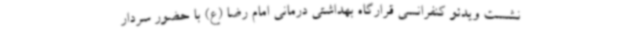
نشست ویدئو کنفرانسی قرارگاه بهداشتی درمانی امام رضا (ع) با حضور سردار